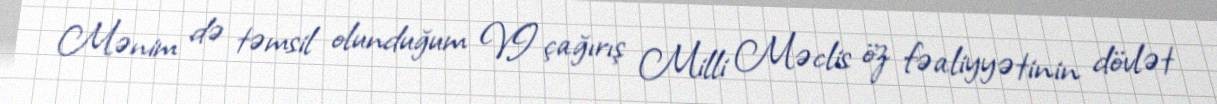
Mənim də təmsil olunduğum VI çağırış Milli Məclis öz fəaliyyətinin dövlət